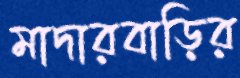
মাদারবাড়ির